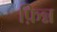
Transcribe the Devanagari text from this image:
फ़िन्न